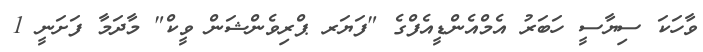
ވާހަކަ ސިޔާސީ ހަބަރު އެމްއެންޑީއެފްގެ "ފަޔަރ ޕްރިވެންޝަން ވީކް" މާދަމާ ފަށަނީ 1